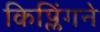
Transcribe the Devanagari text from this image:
किप्लिंगने